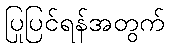
ပြုပြင်ရန်အတွက်